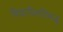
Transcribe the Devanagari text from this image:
विद्यापीठाविरूद्ध